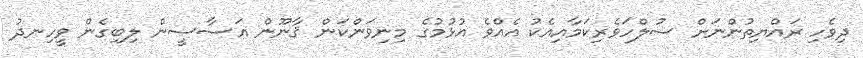
ދިވެހި ރައްޔިތުންނަށް ސުލްހަވެރިކަމާއިއެކު އެއްވެ އުޅުމުގެ މިނިވަންކަން ޤާނޫން އަސާސީން ލިބިގެން ވީހިނދު